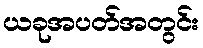
ယခုအပတ်အတွင်း